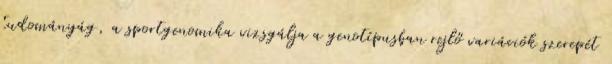
tudományág, a sportgenomika vizsgálja a genotípusban rejlő variációk szerepét